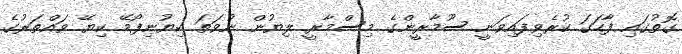
ގޮތުގައި ފާހަގަ ކުރެވިފައިވަނީ ސޫމާރީންގެ މިސްމާރީ ލިޔުން ނުވަތަ ކިޔުނިފޯމޭ ކިޔޭ ވައްތަރުގެ